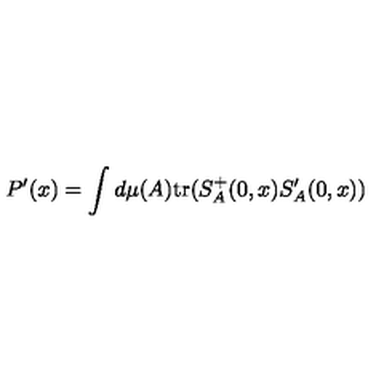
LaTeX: P ^ { \prime } ( x ) = \int d \mu ( A ) \mathrm { t r } ( S _ { A } ^ { + } ( 0 , x ) S _ { A } ^ { \prime } ( 0 , x ) )